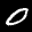
Label: 0